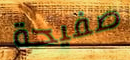
صفيحة